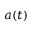
a ( t )